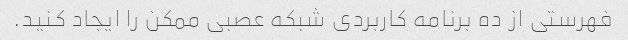
فهرستی از ده برنامه کاربردی شبکه عصبی ممکن را ایجاد کنید.